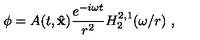
\phi = A ( t , { \bf \hat { x } } ) \frac { e ^ { - i \omega t } } { r ^ { 2 } } H _ { 2 } ^ { 2 , 1 } ( \omega / r ) \ ,